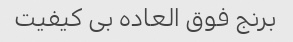
برنج فوق العاده بی کیفیت